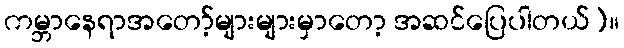
ကမ္ဘာနေရာအတော့်များများမှာတော့ အဆင်ပြေပါတယ်)။